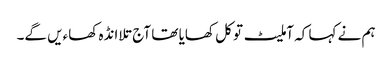
ہم نے کہا کہ آملیٹ تو کل کھایا تھا آج تلا انڈہ کھاءیں گے۔